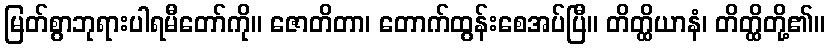
မြတ်စွာဘုရားပါရမီတော်ကို။ ဇောတိတာ၊ တောက်ထွန်းစေအပ်ပြီ။ တိတ္ထိယာနံ၊ တိတ္ထိတို့၏။